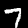
Label: 7